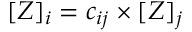
[ Z ] _ { i } = c _ { i j } \times [ Z ] _ { j }